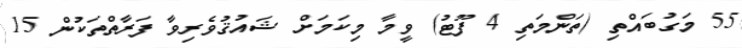
55 މަގުބައްތި (ތަންމަތި 4 ފޫޓު) ވީމާ މިކަމަށް ޝައުޤުވެރިވާ ފަރާތްތަކުން 15